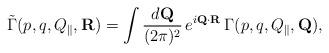
LaTeX: \begin{align*}\tilde\Gamma(p,q,Q_\|,{\bf R}) = \int {d{\bf Q}\over (2\pi)^2}\,e^{i{\bf Q}\cdot{\bf R}} \,\Gamma(p,q,Q_\|,{\bf Q}),\end{align*}